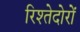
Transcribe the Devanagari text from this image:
रिश्तेदोरों